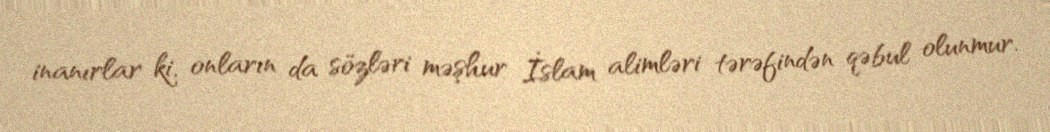
inanırlar ki, onların da sözləri məşhur İslam alimləri tərəfindən qəbul olunmur.